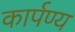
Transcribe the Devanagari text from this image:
कार्पण्य